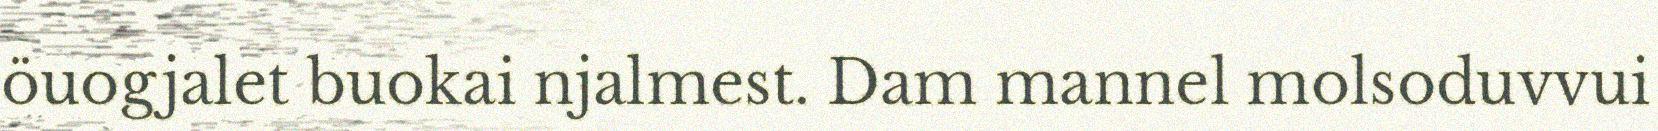
öuogjalet buokai njalmest. Dam mannel molsoduvvui